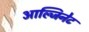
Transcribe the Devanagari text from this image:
आल्जिनेट